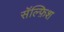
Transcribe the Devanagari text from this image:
सॅल्फ़िश